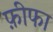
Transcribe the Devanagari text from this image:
फ़ीफा